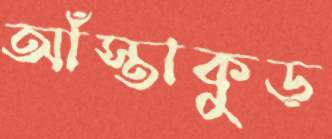
আঁস্তাকুড়